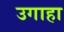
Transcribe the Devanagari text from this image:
उगाहा